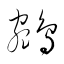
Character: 鵷